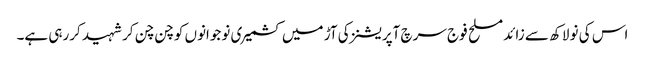
اس کی نو لاکھ سے زائد مسلح فوج سرچ آپریشنز کی آڑ میں کشمیری نوجوانوں کو چن چن کر شہید کررہی ہے۔